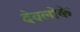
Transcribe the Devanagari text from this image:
देवलोके